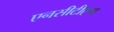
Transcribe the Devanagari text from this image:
एनसीटीएम